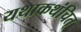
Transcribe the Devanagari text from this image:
यथाकथंचित्‌